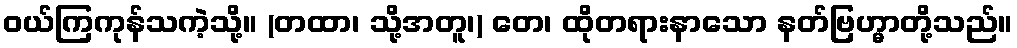
ဝယ်ကြကုန်သကဲ့သို့။ (တထာ၊ သို့အတူ၊) တေ၊ ထိုတရားနာသော နတ်ဗြဟ္မာတို့သည်။